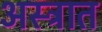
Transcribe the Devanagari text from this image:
अस्त्रात